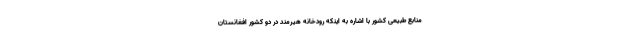
منابع طبیعی کشور با اشاره به اینکه رودخانه هیرمند در دو کشور افغانستان